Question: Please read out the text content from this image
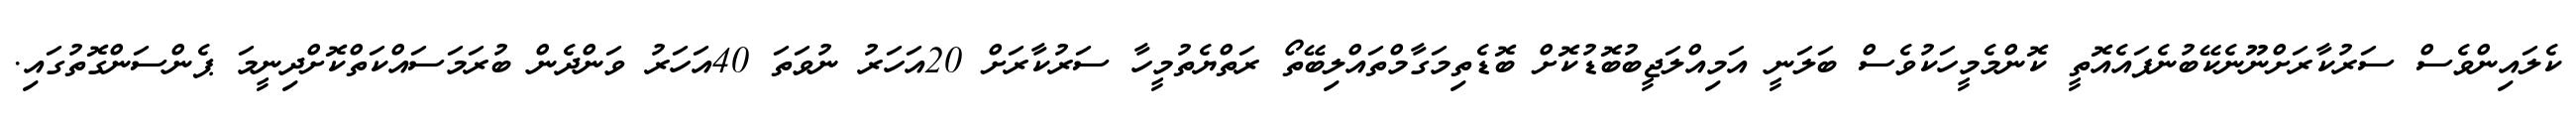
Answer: ކެލައިންވެސް ސަރުކާރަށްނޫނެކޭބުނެފައެއޮތީ ކޮންމެމީހަކުވެސް ބަލަނީ އަމިއްލަޖީބުބޮޑުކޮށް ބޮޑެތިމަގާމްތައްލިބޭތޯ ރަތްޔެތުމީހާ ސަރުކާރަށް 20އަހަރު ނުވަތަ 40އަހަރު ވަންދެން ބުރަމަސައްކަތްކޮށްދިނީމަ ޕެންސަންގޮތުގައި.